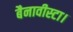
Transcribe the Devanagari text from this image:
बैनावीस्टा।